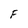
Character: F